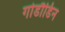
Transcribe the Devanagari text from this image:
गोडौडिन